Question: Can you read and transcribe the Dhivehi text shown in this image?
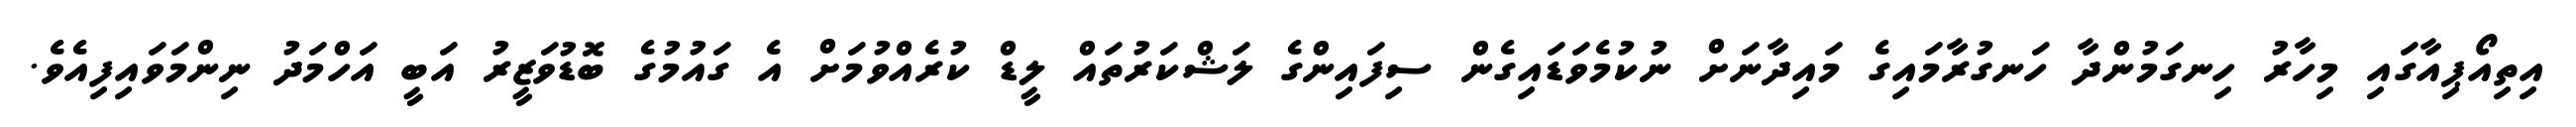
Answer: އިތިއޯޕިއާގައި މިހާރު ހިނގަމުންދާ ހަނގުރާމައިގެ މައިދާނަށް ނުކުމެވަޑައިގެން ސިފައިންގެ ލަޝްކަރުތައް ލީޑް ކުރެއްވުމަށް އެ ގައުމުގެ ބޮޑުވަޒީރު އަބީ އަހްމަދު ނިންމަވައިފިއެވެ.